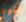
ينهى